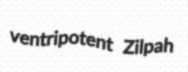
ventripotent Zilpah